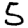
Digit: 5